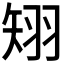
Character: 𥏊